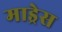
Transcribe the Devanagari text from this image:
माड्रेस